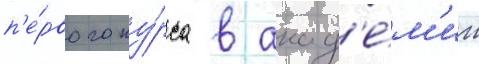
п'е́рвого ку́рса в акад'е́м'ии